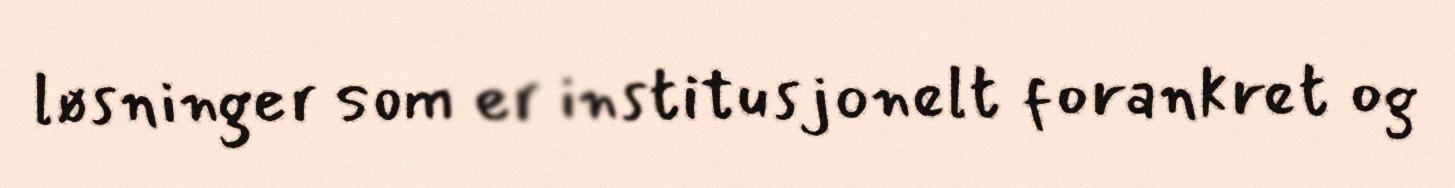
løsninger som er institusjonelt forankret og